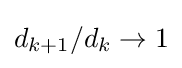
d_{k+1}/d_{k}\rightarrow 1